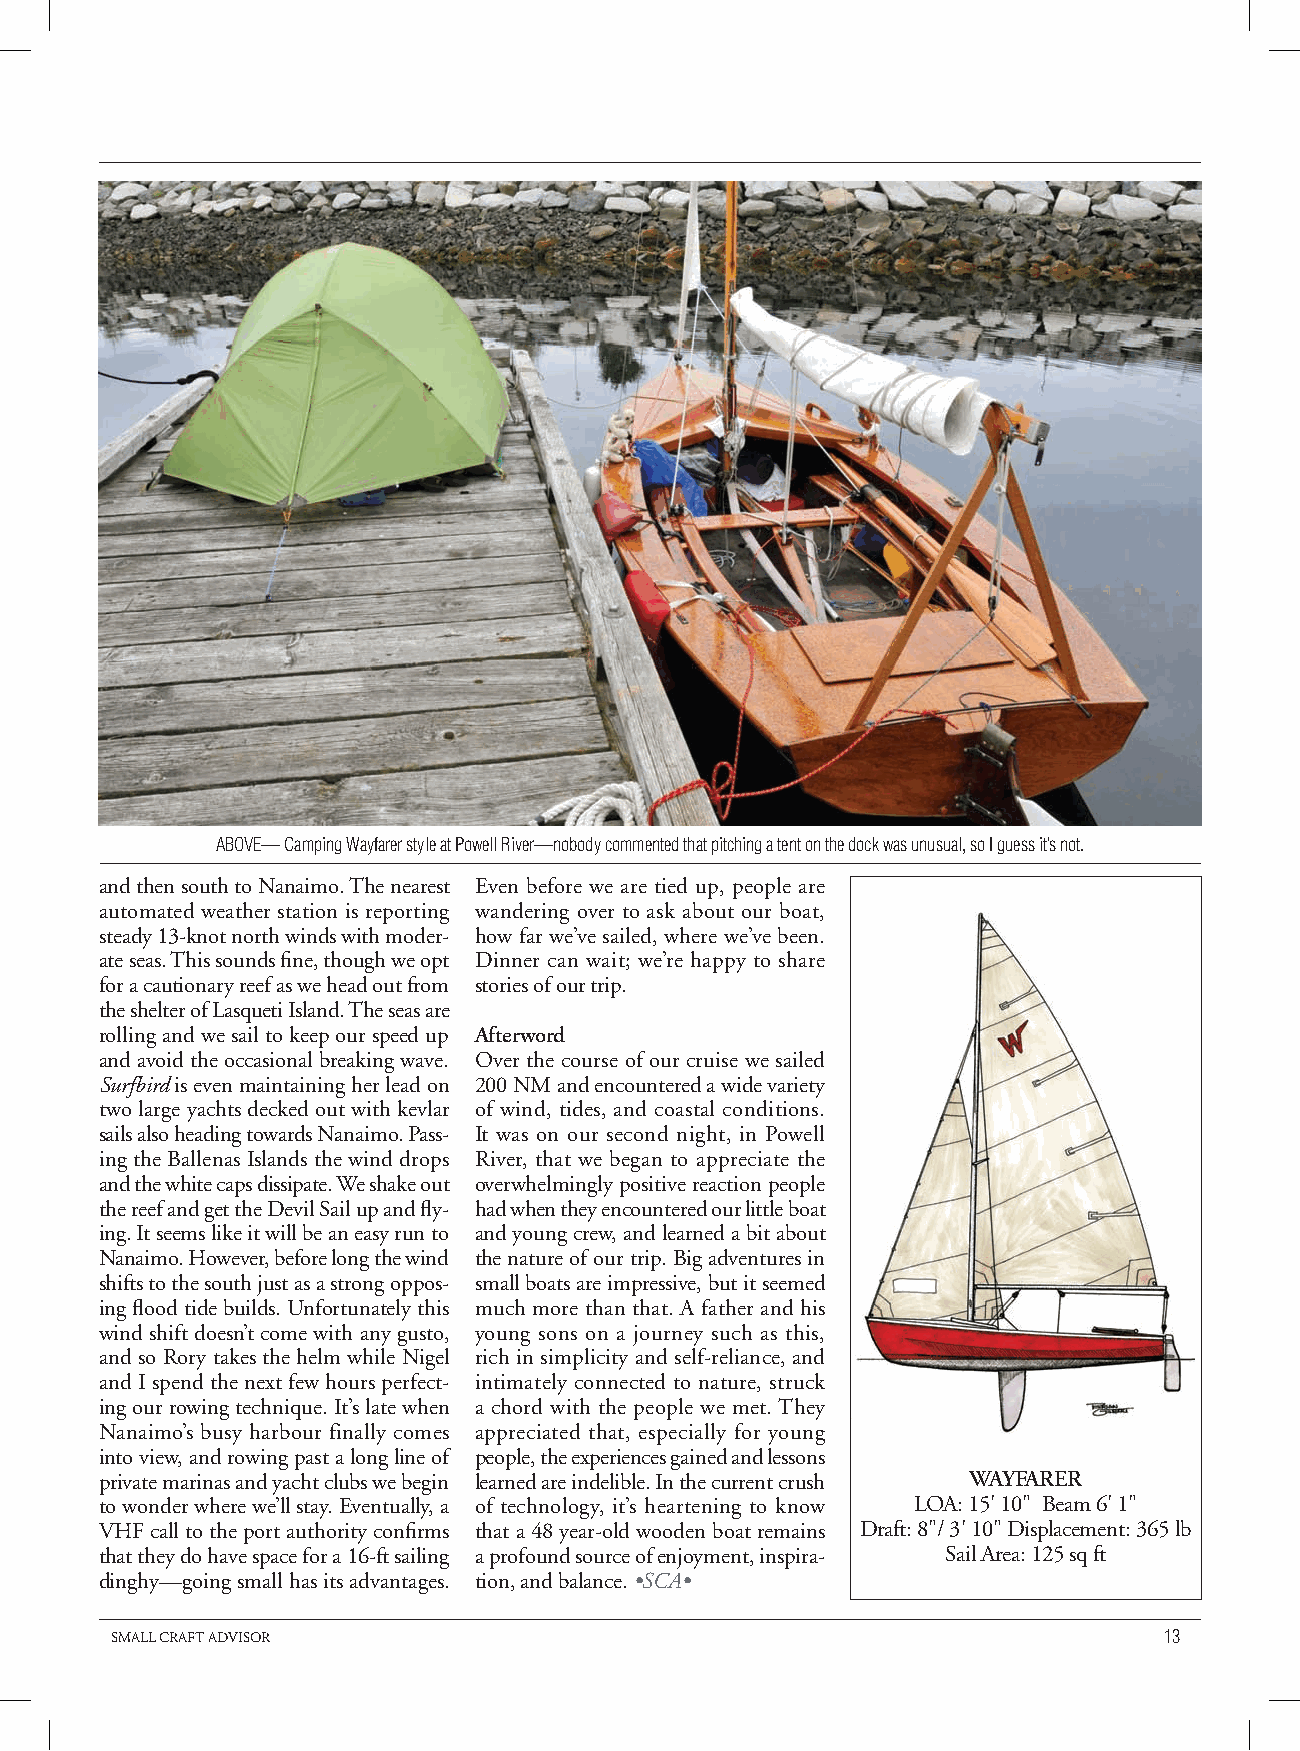
ABOVE— Camping Wayfarer style at Powell River—nobody commented that pitching a tent on the dock was unusual, so I guess it’s not.
 and then south to Nanaimo. The nearest Even before we are tied up, people are
 automated weather station is reporting wandering over to ask about our boat,
 steady 13-knot north winds with moder- how far we’ve sailed, where we’ve been.
 ate seas. This sounds fine, though we opt Dinner can wait; we’re happy to share
 for a cautionary reef as we head out from stories of our trip.
 the shelter of Lasqueti Island. The seas are
 rolling and we sail to keep our speed up Afterword
 and avoid the occasional breaking wave. Over the course of our cruise we sailed
 Surfbird is even maintaining her lead on 200 NM and encountered a wide variety
 two large yachts decked out with kevlar of wind, tides, and coastal conditions.
 sails also heading towards Nanaimo. Pass- It was on our second night, in Powell
 ing the Ballenas Islands the wind drops River, that we began to appreciate the
 and the white caps dissipate. We shake out overwhelmingly positive reaction people
 the reef and get the Devil Sail up and fly- had when they encountered our little boat
 ing. It seems like it will be an easy run to and young crew, and learned a bit about
 Nanaimo. However, before long the wind the nature of our trip. Big adventures in
 shifts to the south just as a strong oppos- small boats are impressive, but it seemed
 ing flood tide builds. Unfortunately this much more than that. A father and his
 wind shift doesn’t come with any gusto, young sons on a journey such as this,
 and so Rory takes the helm while Nigel rich in simplicity and self-reliance, and
 and I spend the next few hours perfect- intimately connected to nature, struck
 ing our rowing technique. It’s late when a chord with the people we met. They
 Nanaimo’s busy harbour finally comes appreciated that, especially for young
 into view, and rowing past a long line of people, the experiences gained and lessons
 private marinas and yacht clubs we begin learned are indelible. In the current crush WAYFARER
 to wonder where we’ll stay. Eventually, a of technology, it’s heartening to know LOA: 15' 10" Beam 6' 1"
 VHF call to the port authority confirms that a 48 year-old wooden boat remains Draft: 8"/ 3' 10" Displacement: 365 lb
 that they do have space for a 16-ft sailing a profound source of enjoyment, inspira- Sail Area: 125 sq ft
 dinghy—going small has its advantages. tion, and balance. •SCA•
 SMALL CRAFT ADVISOR                                                   13